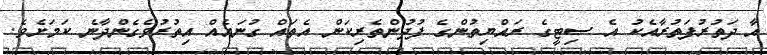
އާ ދަތުރުފަތުރާއެކު އެ ސިޓީގެ ރައްޔިތުންގެ ފުދުންތެރިކަން އެތައް ގުނައެއް އިތުރުވެގެންދާނެ ކަމަށެވެ.